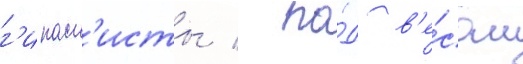
г'ипасп'исты / по́д в'е́сом